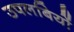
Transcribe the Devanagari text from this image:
उपलबियों